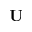
{ \bf U }